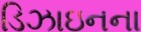
ડિઝાઇનના